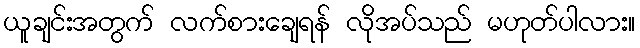
ယူချင်းအတွက် လက်စားချေရန် လိုအပ်သည် မဟုတ်ပါလား။